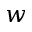
w